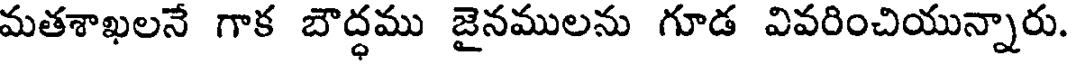
మతశాఖలనే గాక బౌద్ధము జైనములను గూడ వివరించియున్నారు.